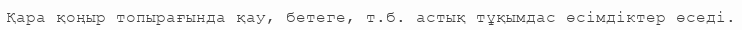
Қара қоңыр топырағында қау, бетеге, т.б. астық тұқымдас өсімдіктер өседі.